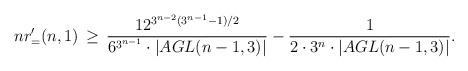
LaTeX: \begin{align*} nr'_=(n,1) \,\geq\, \frac{12^{3^{n-2}(3^{n-1}-1)/2}}{6^{3^{n-1}} \cdot |AGL(n-1,3)|} - \frac{1}{2 \cdot 3^n \cdot |AGL(n-1,3)|}. \end{align*}